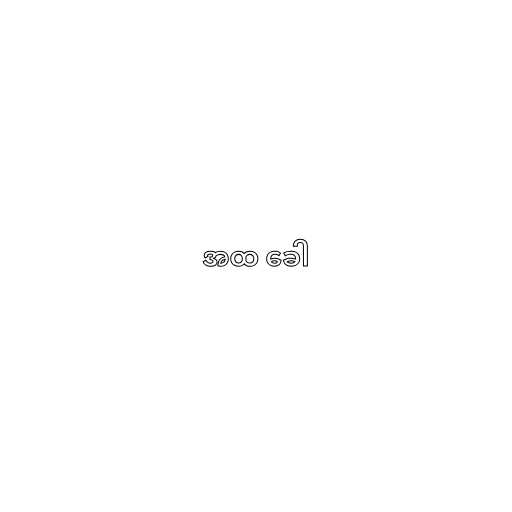
အထ ခေါ